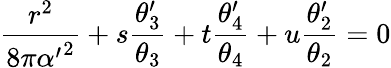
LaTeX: {\frac{r^{2}}{8\pi{\alpha^{\prime}}^{2}}}+s{\frac{\theta_{3}^{\prime}}{\theta_{3}}}+t{\frac{\theta_{4}^{\prime}}{\theta_{4}}}+u{\frac{\theta_{2}^{\prime}}{\theta_{2}}}=0